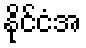
နိုင်ငံအ